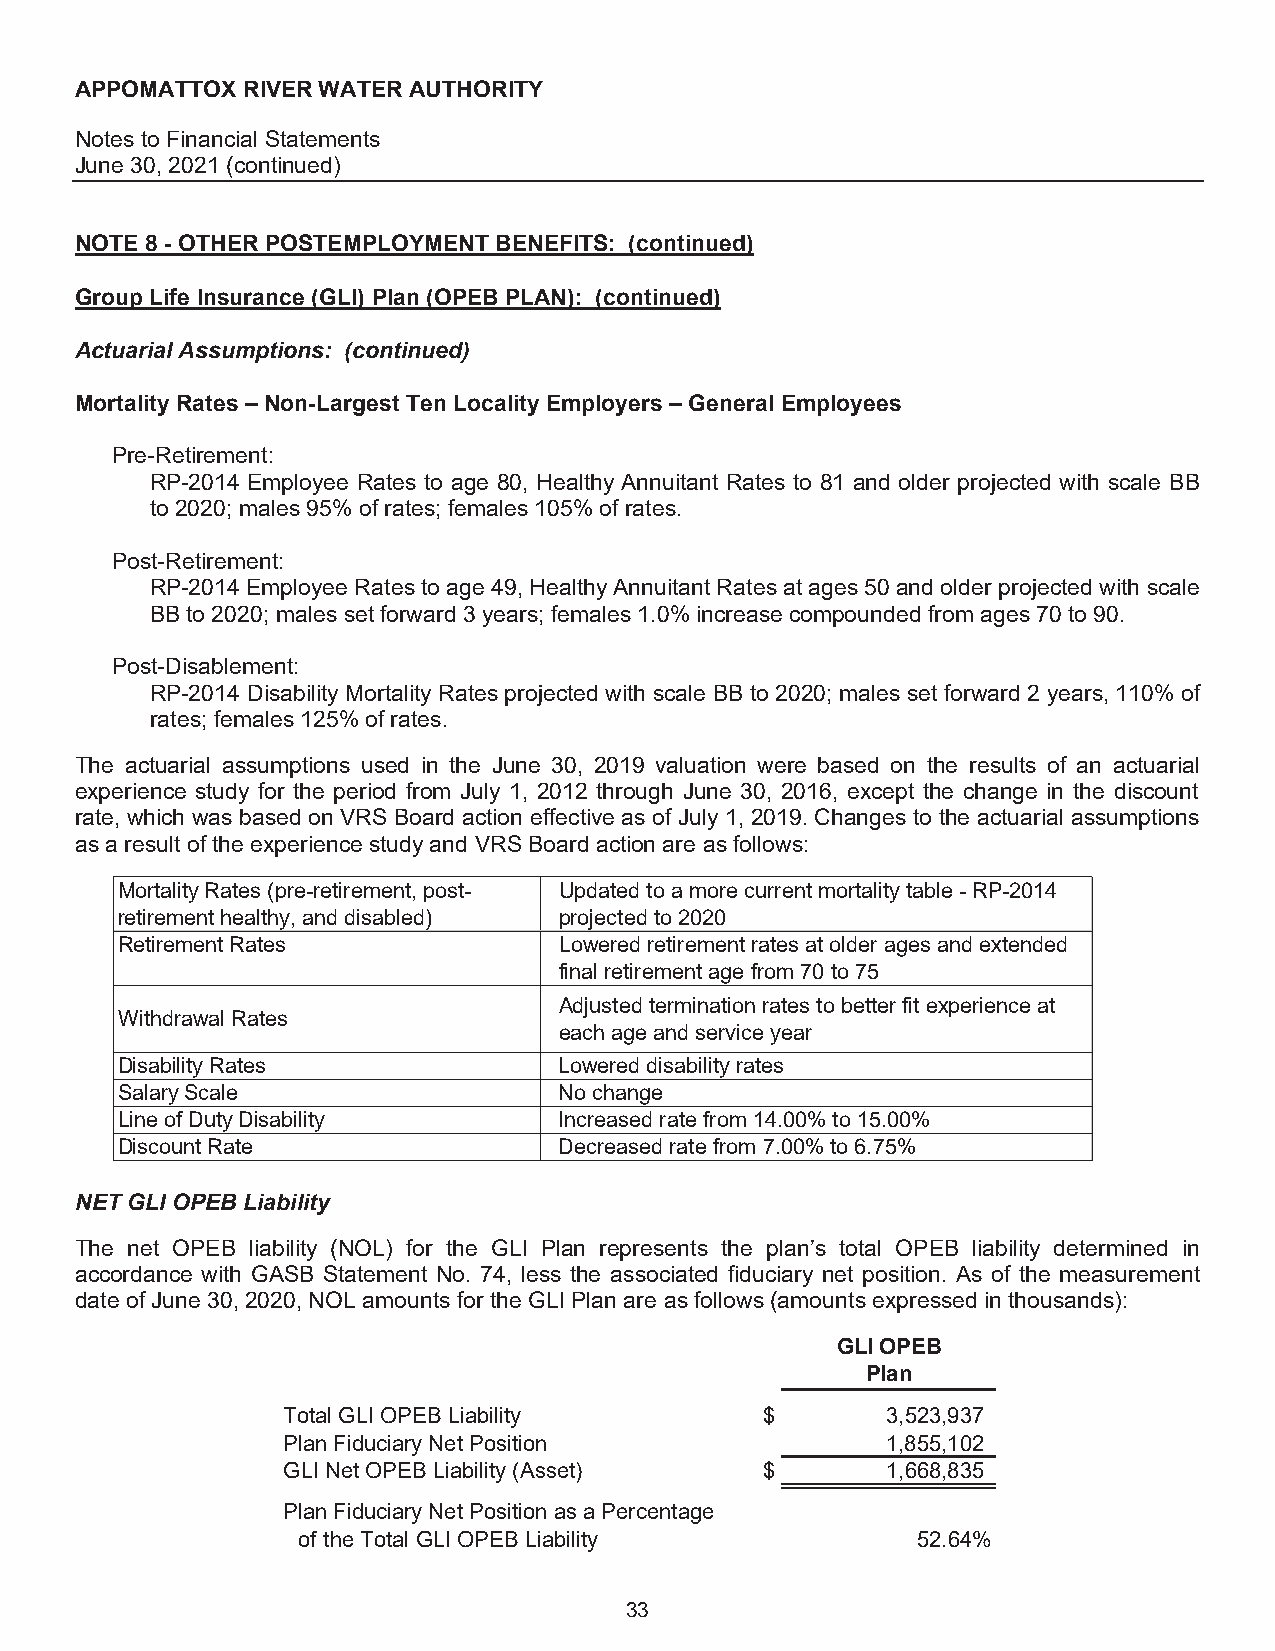
APPOMATTOX RIVER WATER AUTHORITY
 Notes to Financial Statements
 June 30, 2021 (continued)
 NOTE 8 - OTHER POSTEMPLOYMENT BENEFITS: (continued)
 Group Life Insurance (GLI) Plan (OPEB PLAN): (continued)
 Actuarial Assumptions: (continued)
 Mortality Rates – Non-Largest Ten Locality Employers – General Employees
 Pre-Retirement:
 RP-2014 Employee Rates to age 80, Healthy Annuitant Rates to 81 and older projected with scale BB
 to 2020; males 95% of rates; females 105% of rates.
 Post-Retirement:
 RP-2014 Employee Rates to age 49, Healthy Annuitant Rates at ages 50 and older projected with scale
 BB to 2020; males set forward 3 years; females 1.0% increase compounded from ages 70 to 90.
 Post-Disablement:
 RP-2014 Disability Mortality Rates projected with scale BB to 2020; males set forward 2 years, 110% of
 rates; females 125% of rates.
 The actuarial assumptions used in the June 30, 2019 valuation were based on the results of an actuarial
 experience study for the period from July 1, 2012 through June 30, 2016, except the change in the discount
 rate, which was based on VRS Board action effective as of July 1, 2019. Changes to the actuarial assumptions
 as a result of the experience study and VRS Board action are as follows:
 Mortality Rates (pre-retirement, post- Updated to a more current mortality table - RP-2014
 retirement healthy, and disabled) projected to 2020
 Retirement Rates             Lowered retirement rates at older ages and extended
 final retirement age from 70 to 75
 Adjusted termination rates to better fit experience at
 Withdrawal Rates
 each age and service year
 Disability Rates             Lowered disability rates
 Salary Scale                 No change
 Line of Duty Disability      Increased rate from 14.00% to 15.00%
 Discount Rate                Decreased rate from 7.00% to 6.75%
 NET GLI OPEB Liability
 The net OPEB liability (NOL) for the GLI Plan represents the plan’s total OPEB liability determined in
 accordance with GASB Statement No. 74, less the associated fiduciary net position. As of the measurement
 date of June 30, 2020, NOL amounts for the GLI Plan are as follows (amounts expressed in thousands):
 GLI OPEB
 Plan
 Total GLI OPEB Liability        $       3 ,523,937
 Plan Fiduciary Net Position             1 ,855,102
 GLI Net OPEB Liability (Asset)  $       1 ,668,835
 Plan Fiduciary Net Position as a Percentage
 of the Total GLI OPEB Liability          52.64%
 33